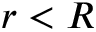
r < R